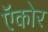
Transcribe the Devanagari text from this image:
ऍकोर